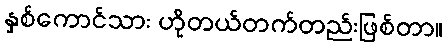
နှစ်ကောင်သား ဟိုတယ်တက်တည်းဖြစ်တာ။